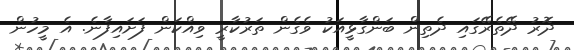
ދޮރު ދޭތެރޭގައި ދެތިން ބަންގާޅީއަކު ވެގެން ތަރުކާރީ ވިއްކަން ފަށައިފާނެ. އެ މީހުން